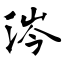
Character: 涔